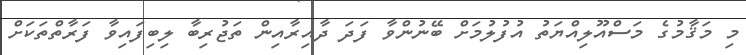
މި މަޤާމުގެ މަސްއޫލިއްޔަތު އުފުލުމަށް ބޭނުންވާ ފަދަ ދާއިރާއިން ތަޖުރިބާ ލިބިފައިވާ ފަރާތްތަކަށް